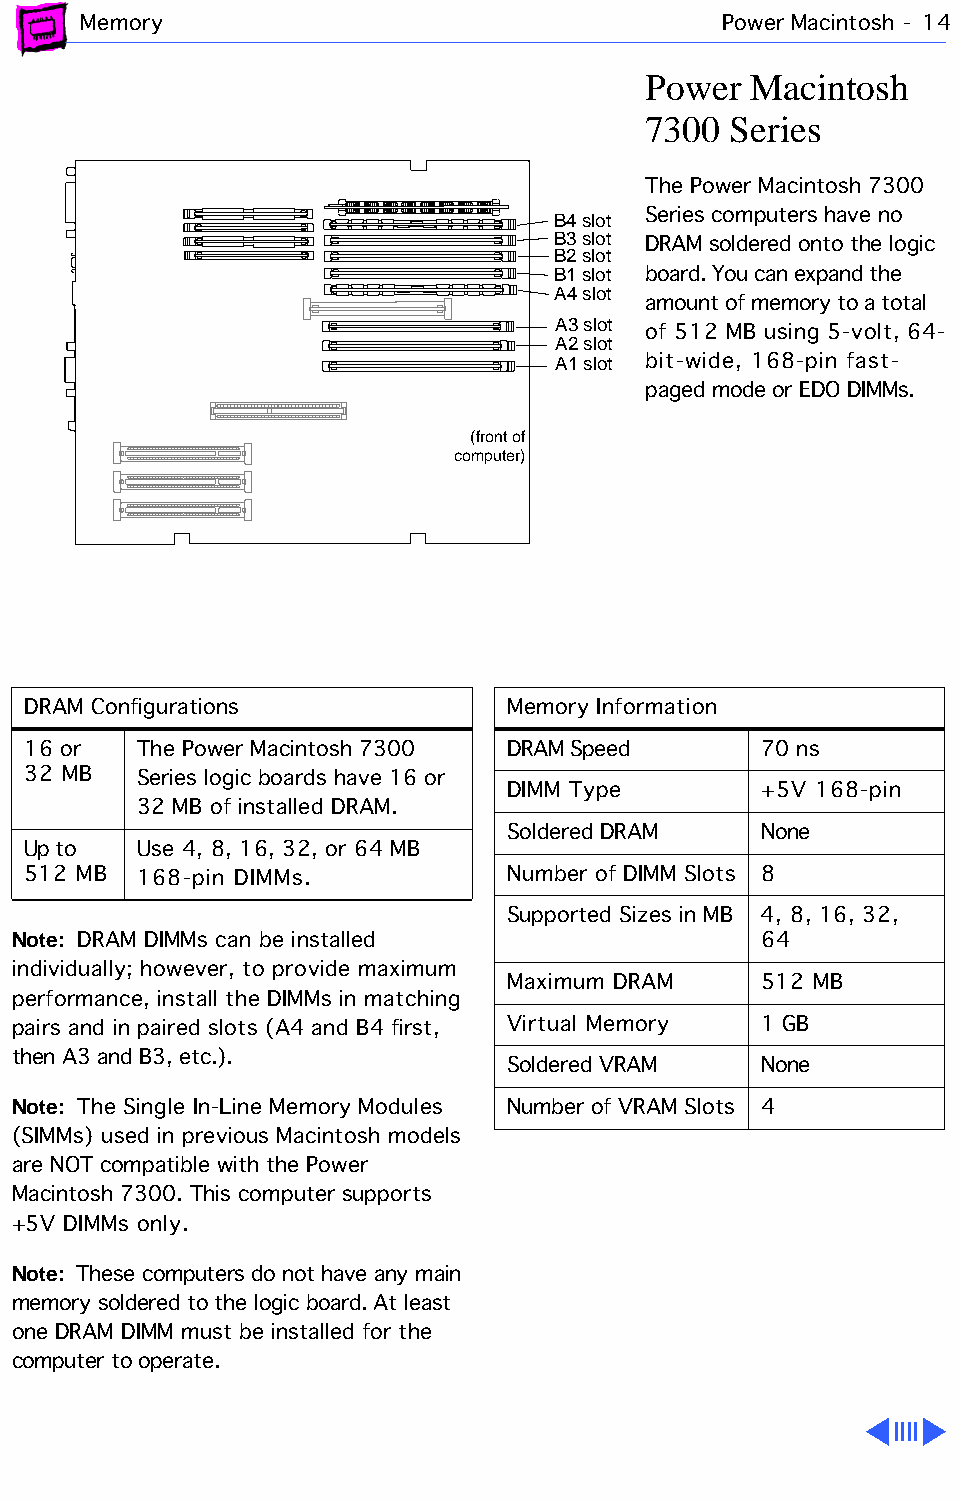
Memory                                    Power Macintosh - 14
 Power  Macintosh
 7300  Series
 The Power Macintosh 7300
 B4 slot Series computers have no
 B3 slot
 DRAM soldered onto the logic
 B2 slot
 B1 slot board. You can expand the
 A4 slot
 amount of memory to a total
 A3 slot
 of 512 MB using 5-volt, 64-
 A2 slot
 A1 slot bit-wide, 168-pin fast-
 paged mode or EDO DIMMs.
 (front of
 computer)
 DRAM Configurations             Memory Information
 16 or   The Power Macintosh 7300 DRAM Speed      70 ns
 32 MB   Series logic boards have 16 or
 DIMM Type        +5V 168-pin
 32 MB of installed DRAM.
 Soldered DRAM    None
 Up to   Use 4, 8, 16, 32, or 64 MB
 512 MB  168-pin DIMMs.          Number of DIMM Slots 8
 Supported Sizes in MB 4, 8, 16, 32,
 Note: DRAM DIMMs can be installed                 64
 individually; however, to provide maximum
 Maximum DRAM     512 MB
 performance, install the DIMMs in matching
 pairs and in paired slots (A4 and B4 first, Virtual Memory 1 GB
 then A3 and B3, etc.).
 Soldered VRAM    None
 Note: The Single In-Line Memory Modules Number of VRAM Slots 4
 (SIMMs) used in previous Macintosh models
 are NOT compatible with the Power
 Macintosh 7300. This computer supports
 +5V DIMMs only.
 Note: These computers do not have any main
 memory soldered to the logic board. At least
 one DRAM DIMM must be installed for the
 computer to operate.